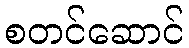
စတင်ဆောင်